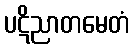
ပဋိညာတမေတံ